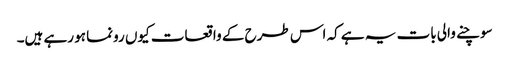
سوچنے والی بات یہ ہے کہ اس طرح کے واقعات کیوں رونما ہو رہے ہیں۔